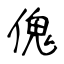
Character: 傀